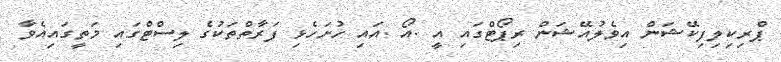
ޕްރިކިލިފިކޭޝަން އިވެލުއޭޝަން ރިޕޯޓްގައި އީ .އޯ .އައި ހުށަހެޅި ފަރާތްތަކުގެ ލިސްޓްގައި މަތީގައިއެވާ